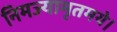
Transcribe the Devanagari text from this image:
निमज्यामृतमये।